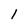
Character: l